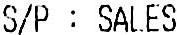
S/P : SALES